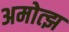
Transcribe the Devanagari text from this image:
अमोत्झ